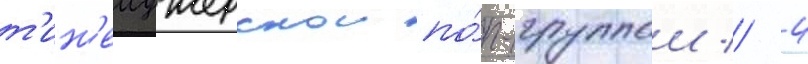
т'ин'еиджерскои по́п-группои // 4